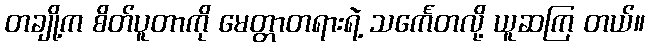
တချို့က စိတ်ပူတာကို မေတ္တာတရားရဲ့ သင်္ကေတလို့ ယူဆကြ တယ်။